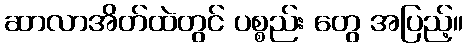
ဆာလာအိတ်ထဲတွင် ပစ္စည်း တွေ အပြည့်။